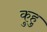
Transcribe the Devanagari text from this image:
कुहु